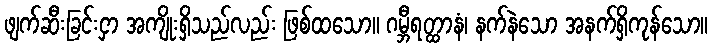
ဖျက်ဆီးခြင်းငှာ အကျိုးရှိသည်လည်း ဖြစ်ထသော။ ဂမ္ဘီရတ္ထာနံ၊ နက်နဲသော အနက်ရှိကုန်သော။